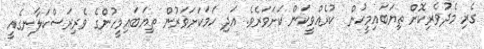
ގެރި މެދުވެރިކޮށް ތިޔަބައިމީހުން  ކުރެއްވީކަން ކަށަވަރެވެ. އަދި ހަމަކަށަވަރުން ތިޔަބައިމީހުންގެ ވެރިރަސްކަލާނގެއީ